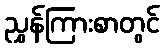
ညွှန်ကြားစာတွင်